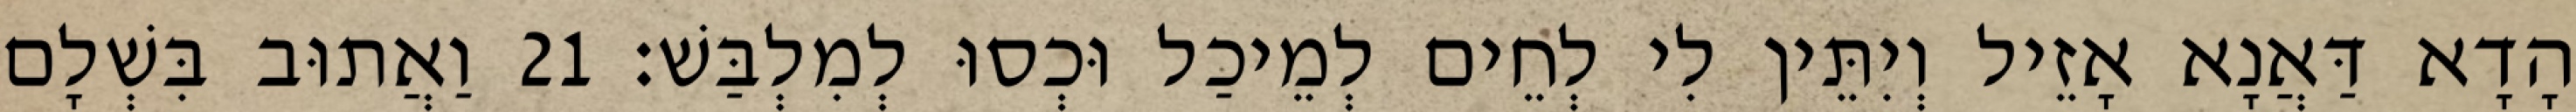
הָדָא דַּאֲנָא אָזֵיל וְיִתֵּין לִי לְחֵים לְמֵיכַל וּכְסוּ לְמִלְבַּשׁ׃ 21 וַאֲתוּב בִּשְׁלָם